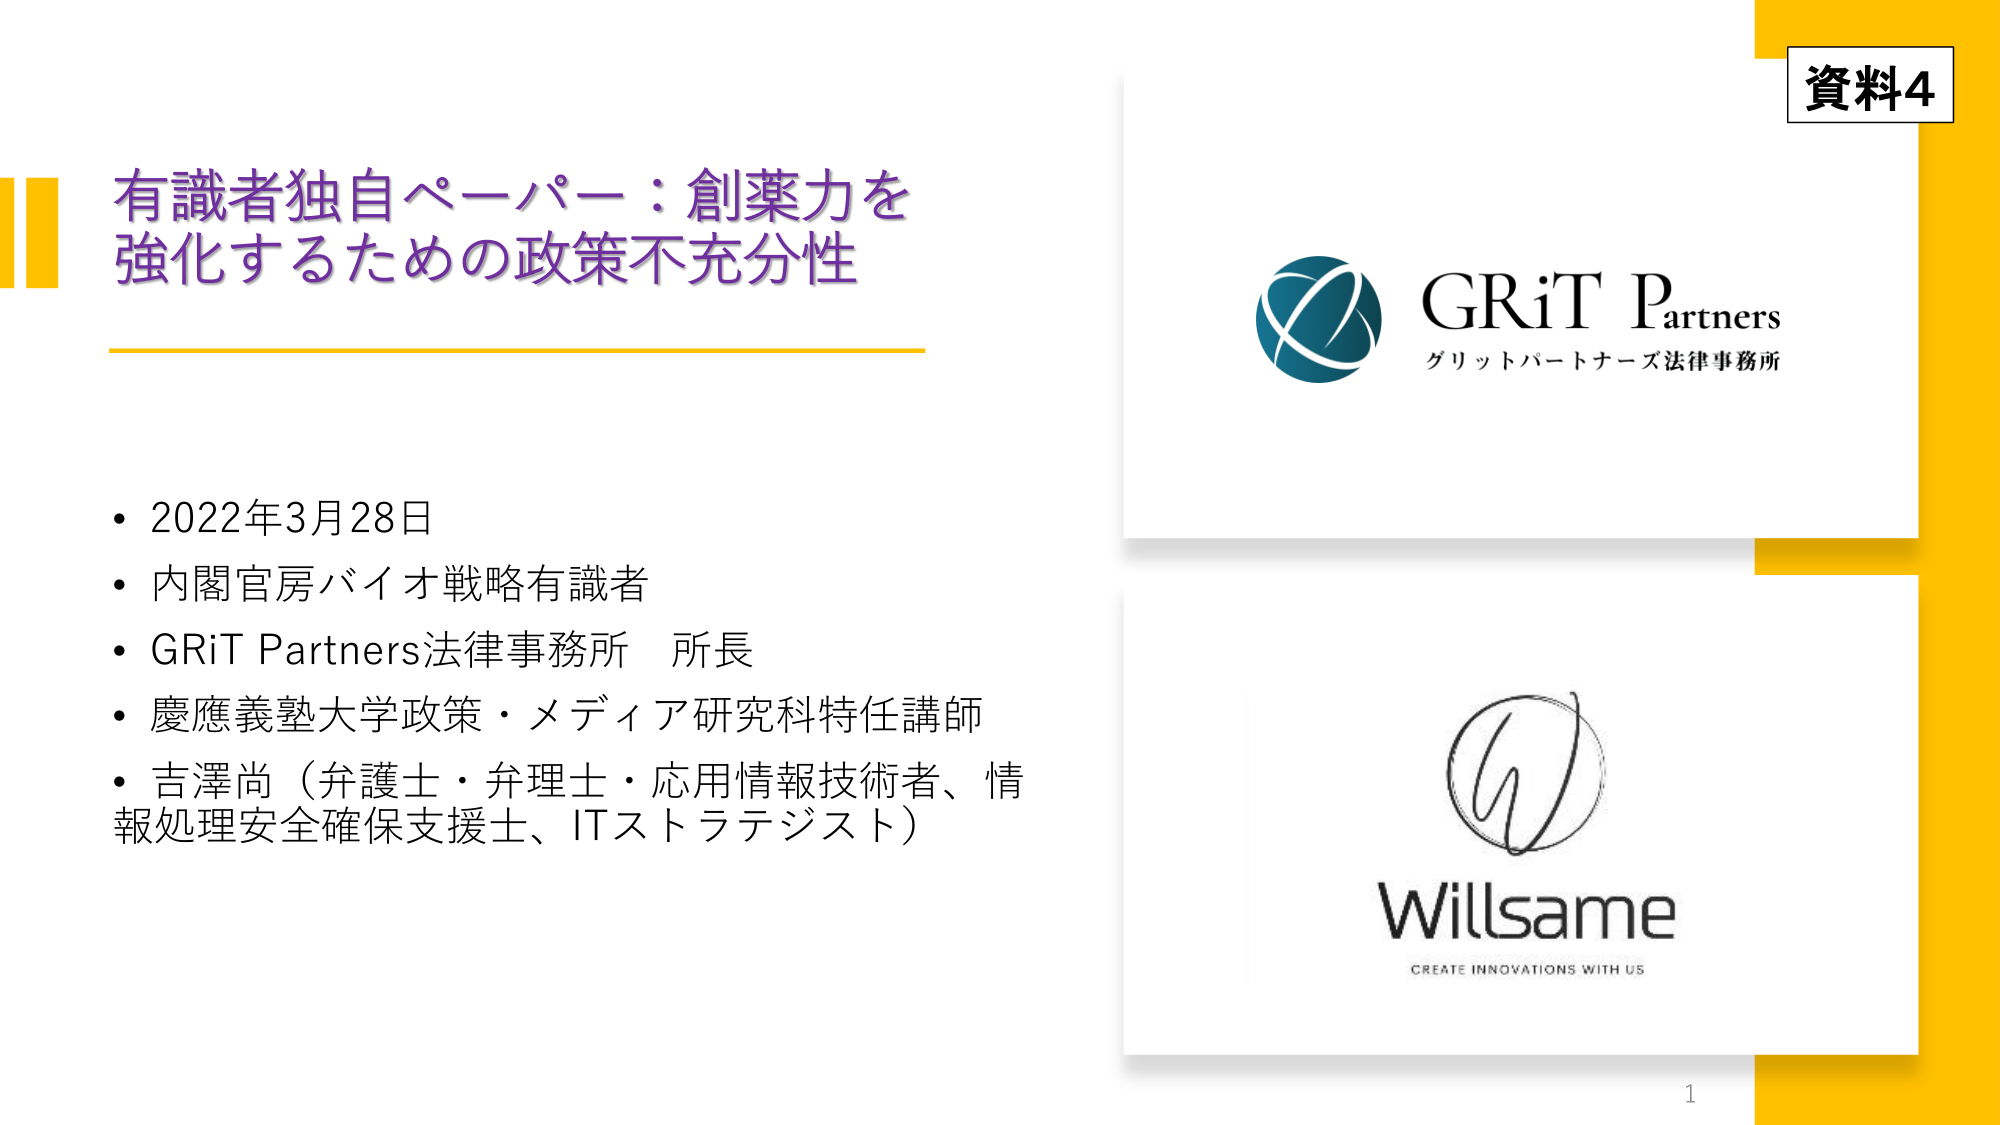
資料4
有識者独自ペーパー：創薬力を強化するための政策不充分性
• 2022年3月28日
• 内閣官房バイオ戦略有識者
• GRiT Partners法律事務所 所長
• 慶應義塾大学政策・メディア研究科特任講師
• 吉澤尚（弁護士・弁理士・応用情報技術者、情報処理安全確保支援士、ITストラテジスト）
GRiT Partners
グリットパートナーズ法律事務所
Willsame
CREATE INNOVATIONS WITH US
1